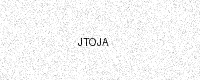
Text: JTOJA